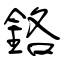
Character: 鉻